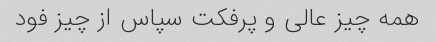
همه چیز عالی و پرفکت سپاس از چیز فود